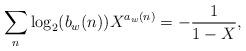
LaTeX: \begin{align*} \sum\limits_{n}\log_2(b_w(n))X^{a_w(n)}=-\frac{1}{1-X}, \end{align*}